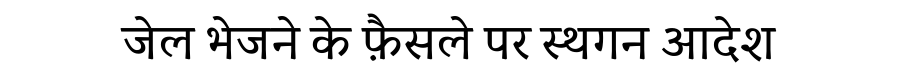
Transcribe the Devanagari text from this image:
जेल भेजने के फ़ैसले पर स्थगन आदेश